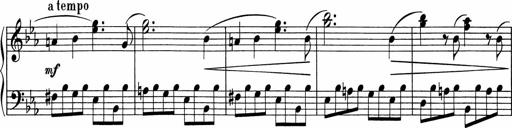
Title: 5 Sonatinen fÃ¼r die Jugend
Composer: Carl Reinecke